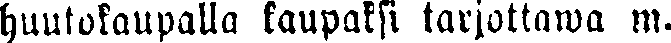
huutokaupalla kaupaksi tarjottawa m.